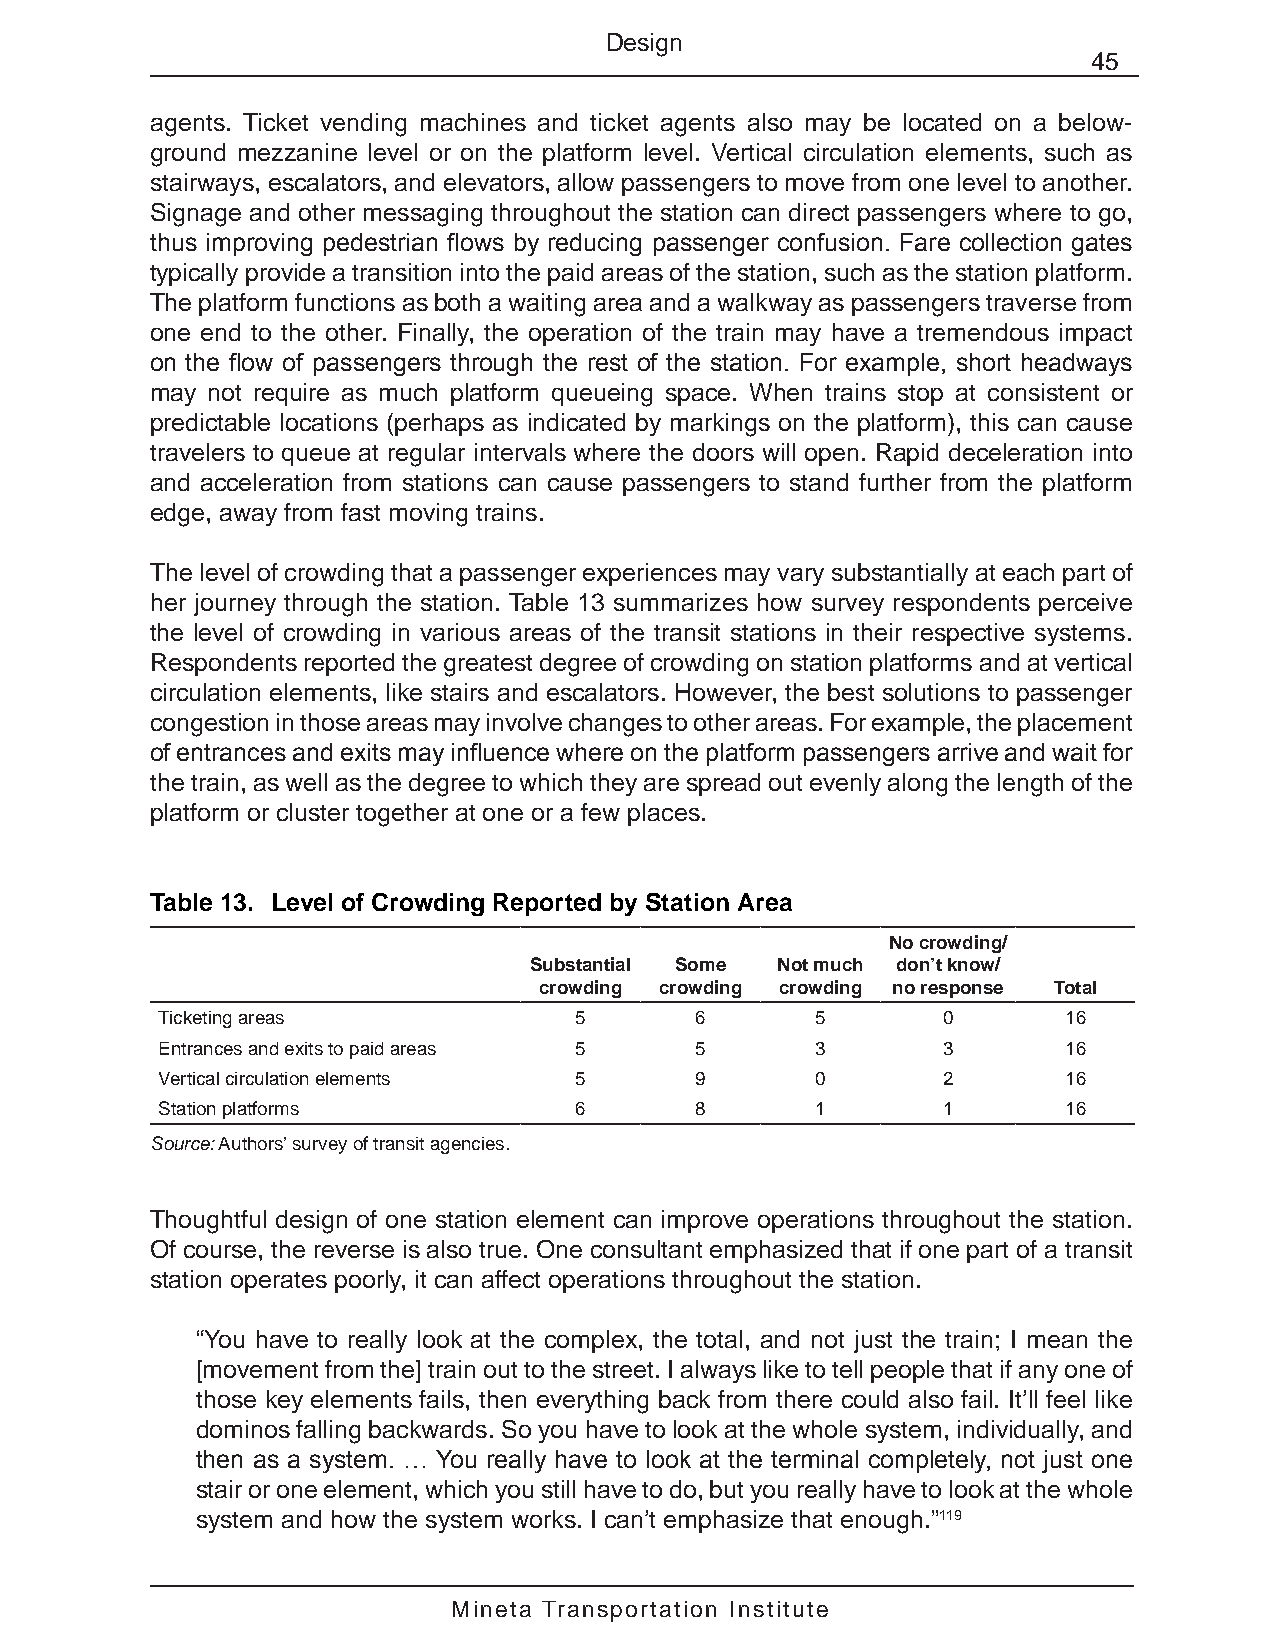
Design
 45
 agents. Ticket vending machines and ticket agents also may be located on a below-
 ground mezzanine level or on the platform level. Vertical circulation elements, such as
 stairways, escalators, and elevators, allow passengers to move from one level to another.
 Signage and other messaging throughout the station can direct passengers where to go,
 thus improving pedestrian flows by reducing passenger confusion. Fare collection gates
 typically provide a transition into the paid areas of the station, such as the station platform.
 The platform functions as both a waiting area and a walkway as passengers traverse from
 one end to the other. Finally, the operation of the train may have a tremendous impact
 on the flow of passengers through the rest of the station. For example, short headways
 may not require as much platform queueing space. When trains stop at consistent or
 predictable locations (perhaps as indicated by markings on the platform), this can cause
 travelers to queue at regular intervals where the doors will open. Rapid deceleration into
 and acceleration from stations can cause passengers to stand further from the platform
 edge, away from fast moving trains.
 The level of crowding that a passenger experiences may vary substantially at each part of
 her journey through the station. Table 13 summarizes how survey respondents perceive
 the level of crowding in various areas of the transit stations in their respective systems.
 Respondents reported the greatest degree of crowding on station platforms and at vertical
 circulation elements, like stairs and escalators. However, the best solutions to passenger
 congestion in those areas may involve changes to other areas. For example, the placement
 of entrances and exits may influence where on the platform passengers arrive and wait for
 the train, as well as the degree to which they are spread out evenly along the length of the
 platform or cluster together at one or a few places.
 Table 13. Level of Crowding Reported by Station Area
 No crowding/
 Substantial Some Not much don’t know/
 crowding crowding crowding no response Total
 Ticketing areas             5       6       5       0        16
 Entrances and exits to paid areas 5 5       3       3        16
 Vertical circulation elements 5     9       0       2        16
 Station platforms           6       8       1       1        16
 Source: Authors’ survey of transit agencies.
 Thoughtful design of one station element can improve operations throughout the station.
 Of course, the reverse is also true. One consultant emphasized that if one part of a transit
 station operates poorly, it can affect operations throughout the station.
 “You have to really look at the complex, the total, and not just the train; I mean the
 [movement from the] train out to the street. I always like to tell people that if any one of
 those key elements fails, then everything back from there could also fail. It’ll feel like
 dominos falling backwards. So you have to look at the whole system, individually, and
 then as a system. … You really have to look at the terminal completely, not just one
 stair or one element, which you still have to do, but you really have to look at the whole
 system and how the system works. I can’t emphasize that enough.”119
 Mineta Transportation Institute